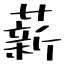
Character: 薪